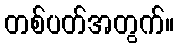
တစ်ပတ်အတွက်။